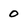
Character: 0